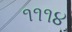
૧૧૧૪